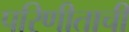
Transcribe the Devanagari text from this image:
परिणीताची